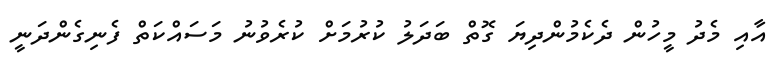
އާއި މެދު މީހުން ދެކެމުންދިޔަ ގޮތް ބަދަލު ކުރުމަށް ކުރެވުނު މަސައްކަތް ފެނިގެންދަނީ